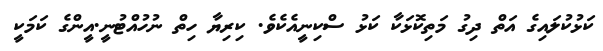
ކަޅުކުލައިގެ އަތް ދިގު މަތިކޮޅަކާ ކަޅު ސްކިނީއެކެވެ. ކިރިޔާ ހިތް ނުހުއްޓުނީ.އީންގެ ކަމަކީ